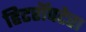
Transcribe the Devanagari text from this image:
हिटरॉपटेरा